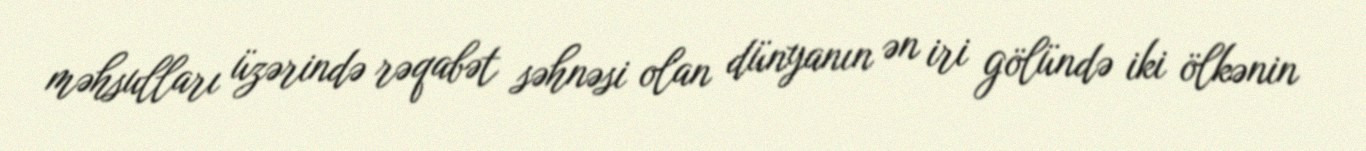
məhsulları üzərində rəqabət səhnəsi olan dünyanın ən iri gölündə iki ölkənin